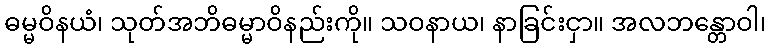
ဓမ္မဝိနယံ၊ သုတ်အဘိဓမ္မာဝိနည်းကို။ သဝနာယ၊ နာခြင်းငှာ။ အလဘန္တောဝါ၊